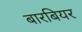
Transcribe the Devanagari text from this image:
बारबियर